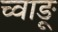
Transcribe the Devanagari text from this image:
च्वाङू